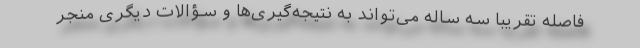
فاصله تقریباً سه ساله می‌تواند به نتیجه‌گیری‌ها و سؤالات دیگری منجر